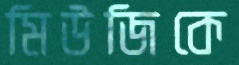
মিউজিকে